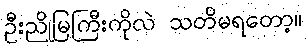
ဦးညိုမြကြီးကိုလဲ သတိမရတော့။